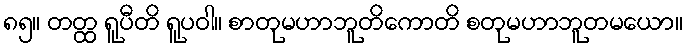
၈၅။ တတ္ထ ရူပီတိ ရူပဝါ။ စာတုမဟာဘူတိကောတိ စတုမဟာဘူတမယော။